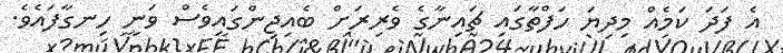
އެ ފަދަ ކަމެއް މިދިޔަ ހަފްތާގައި ޗައިނާގެ ވެރިރަށް ބެއިޖިންގައިވެސް ވަނީ ހިނގާފައެވެ.